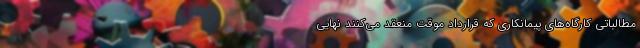
مطالباتی کارگاه‌های پیمانکاری که قرارداد موقت منعقد می‌کنند نهایی